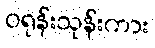
ဝရုန်းသုန်းကား